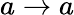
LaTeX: a\rightarrow a